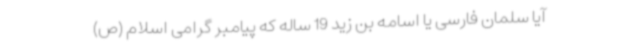
آیا سلمان فارسی یا اسامه بن زید 19 ساله که پیامبر گرامی اسلام (ص)